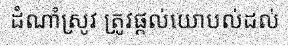
ដំណាំស្រូវ ត្រូវផ្តល់យោបល់ដល់